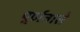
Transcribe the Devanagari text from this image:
पूर्णतासे